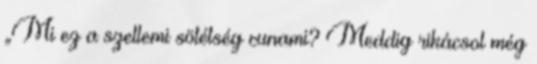
„Mi ez a szellemi sötétség cunami? Meddig rikácsol még